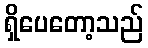
ရှိပေတော့သည်